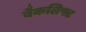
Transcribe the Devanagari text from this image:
बैकलिफ्ट